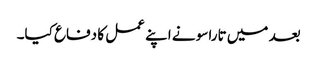
بعد میں تاراسو نے اپنے عمل کا دفاع کیا۔